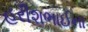
હરીશભાઈના